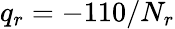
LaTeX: q_{r}=-110/N_{r}